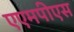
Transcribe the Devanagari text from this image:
एएमपीएस